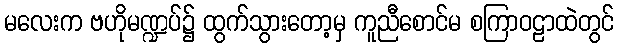
မလေးက ဗဟိုမဏ္ဍပ်၌ ထွက်သွားတော့မှ ကူညီစောင်မ စကြာဝဠာထဲတွင်